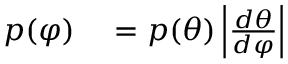
\begin{array} { r l } { p ( \varphi ) } & { { } = p ( \theta ) \left| { \frac { d \theta } { d \varphi } } \right| } \end{array}